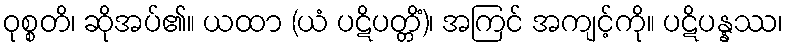
ဝုစ္စတိ၊ ဆိုအပ်၏။ ယထာ (ယံ ပဋိပတ္တိံ)၊ အကြင် အကျင့်ကို။ ပဋိပန္နဿ၊